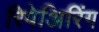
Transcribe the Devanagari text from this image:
रिपेअिरिंग